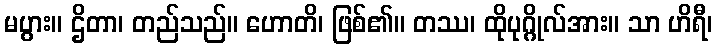
မပွား။ ဌိတာ၊ တည်သည်။ ဟောတိ၊ ဖြစ်၏။ တဿ၊ ထိုပုဂ္ဂိုလ်အား။ သာ ဟိရီ၊